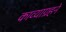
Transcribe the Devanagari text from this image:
काव्याग्रहने